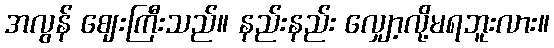
အလွန် ဈေးကြီးသည်။ နည်းနည်း လျှော့လို့မရဘူးလား။